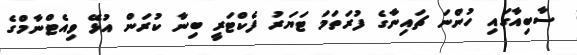
ސާބިއާގައި ހުންނަ ޗައިނާގެ ފުރަތަމަ ޓަޔަރު ފެކްޓަރީ ބިނާ ކުރަން އުޅޭ ވިއެޓްނާމްގެ